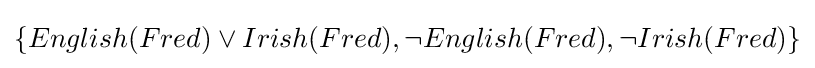
\{English(Fred)\vee Irish(Fred),\neg English(Fred),\neg Irish(Fred)\}